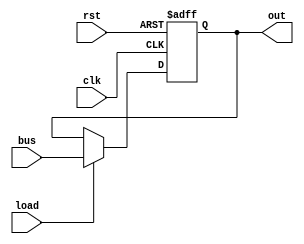
module reg_a(
	input clk,
	input rst,
	input load,
	input[7:0] bus,

	output[7:0] out
);

reg[7:0] reg_a;

always @ (posedge clk, posedge rst)
begin
    if (rst)
    begin
        reg_a <= 8'b0;
    end else if (load)
    begin
        reg_a <= bus;
    end
end

assign out = reg_a;

endmodule